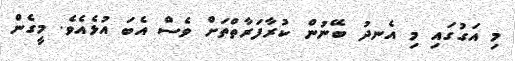
މި އަގުގައި މި އެނދު ބޭނުން ކުރާފަރާތްތަށް ވެސް އެބަ އުޅެއެވެ. މީގެން